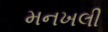
મનખલી